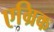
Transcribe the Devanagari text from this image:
एग्रिक